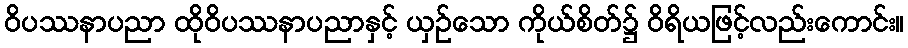
ဝိပဿနာပညာ ထိုဝိပဿနာပညာနှင့် ယှဉ်သော ကိုယ်စိတ်၌ ဝိရိယဖြင့်လည်းကောင်း။